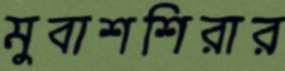
মুবাশশিরার